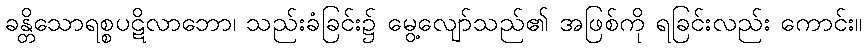
ခန္တိသောရစ္စပဋိလာဘော၊ သည်းခံခြင်း၌ မွေ့လျော်သည်၏ အဖြစ်ကို ရခြင်းလည်း ကောင်း။